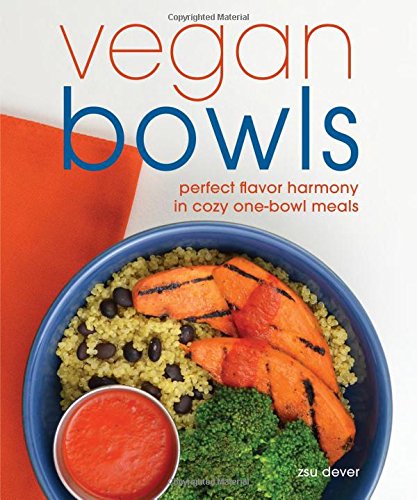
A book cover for Vegan Bowls: Perfect Flavor Harmony in Cozy One-Bowl Meals; Zsu Dever; Cookbooks, Food & Wine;